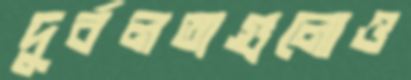
দুর্বলতাগুলোও